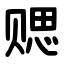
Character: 䞏